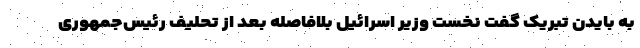
به بایدن تبریک گفت نخست وزیر اسرائیل بلافاصله بعد از تحلیف رئیس‌جمهوری